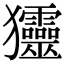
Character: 𤣤